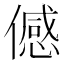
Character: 𬿯